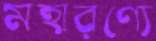
মহারণ্যে